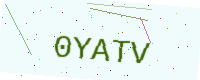
Text: 0YATV